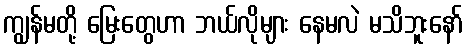
ကျွန်မတို့ မြေးတွေဟာ ဘယ်လိုများ နေမလဲ မသိဘူးနော်